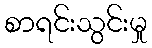
စာရင်းသွင်းမှု